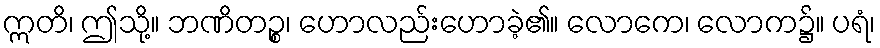
ဣတိ၊ ဤသို့။ ဘဏိတဉ္စ၊ ဟောလည်းဟောခဲ့၏။ လောကေ၊ လောက၌။ ပရံ၊